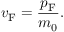
v _ { \mathrm { F } } = { \frac { p _ { \mathrm { F } } } { m _ { 0 } } } .